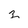
Character: z